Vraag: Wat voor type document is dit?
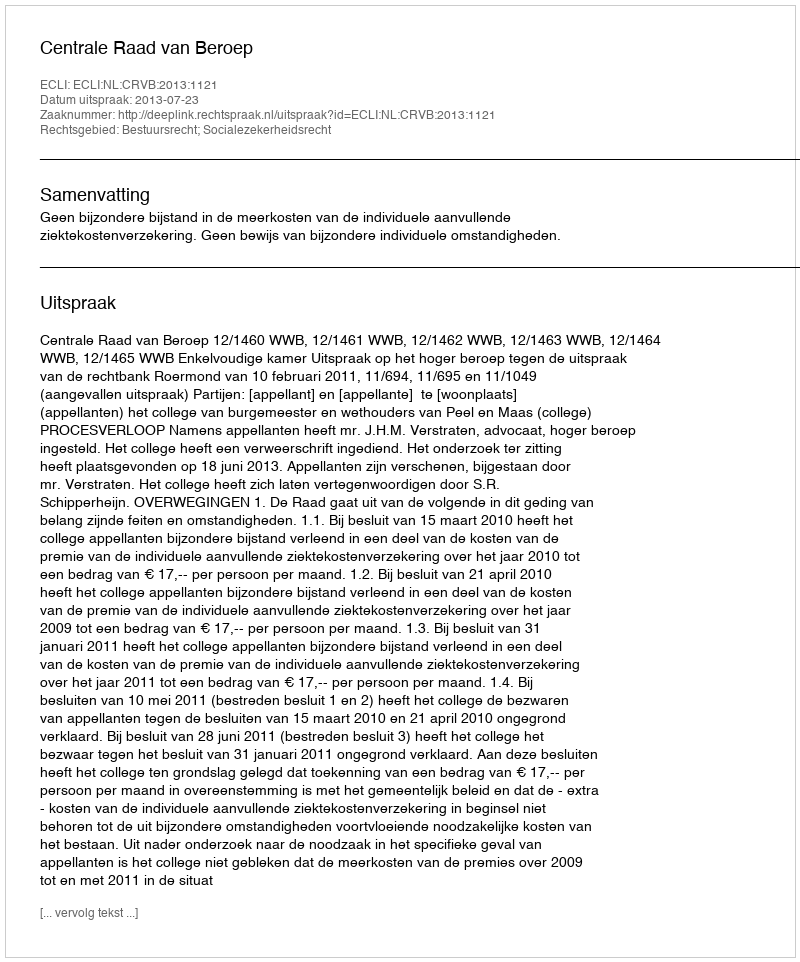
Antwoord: Uitspraak